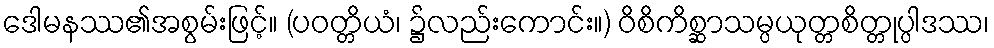
ဒေါမနဿ၏အစွမ်းဖြင့်။ (ပဝတ္တိယံ၊ ၌လည်းကောင်း။) ဝိစိကိစ္ဆာသမ္ပယုတ္တစိတ္တုပ္ပါဒဿ၊